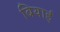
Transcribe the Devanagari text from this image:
बियाई